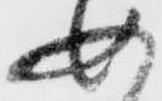
如